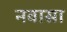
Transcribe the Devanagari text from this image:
नवासा